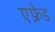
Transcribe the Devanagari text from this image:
एफ्रेड